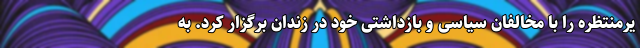
یرمنتظره را با مخالفان سیاسی و بازداشتی خود در زندان برگزار کرد. به